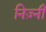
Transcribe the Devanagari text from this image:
निज़्नी